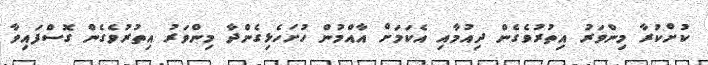
ކުށްކުރާ މިންވަރު އިތުރުވެގެން ދިއުމާއި އެކަމަށް އާއްމުން ހުށަހެޅިގެންދާ މިންވަރު އިތުރުވެގެން ގޮސްފައިވާ